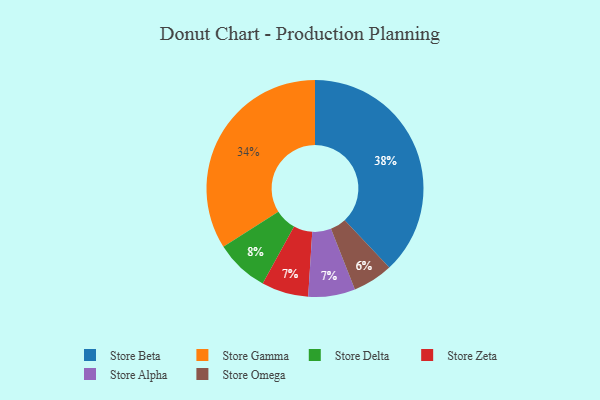
{"axis": {"x": "Category", "y": "Percentage"}, "legend": ["Store Alpha", "Store Beta", "Store Delta", "Store Gamma", "Store Omega", "Store Zeta"], "data": [{"x": "Store Zeta", "y": 7, "type": "Store Zeta"}, {"x": "Store Gamma", "y": 34, "type": "Store Gamma"}, {"x": "Store Alpha", "y": 7, "type": "Store Alpha"}, {"x": "Store Omega", "y": 6, "type": "Store Omega"}, {"x": "Store Beta", "y": 38, "type": "Store Beta"}, {"x": "Store Delta", "y": 8, "type": "Store Delta"}]}